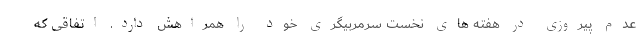
عدم پیروزی در هفته های نخست سرمربیگری خود را همراهش دارد. اتفاقی که